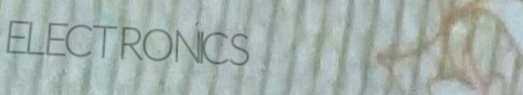
ELECTRONICS